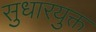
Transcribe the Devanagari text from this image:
सुधारयुक्त